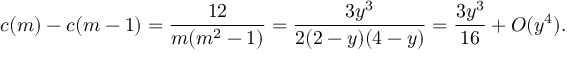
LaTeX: c ( m ) - c ( m - 1 ) = \frac { 1 2 } { m ( m ^ { 2 } - 1 ) } = \frac { 3 y ^ { 3 } } { 2 ( 2 - y ) ( 4 - y ) } = \frac { 3 y ^ { 3 } } { 1 6 } + O ( y ^ { 4 } ) .